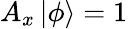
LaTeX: A_{x}\mathinner{|{\phi}\rangle}=1